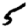
Digit: 5